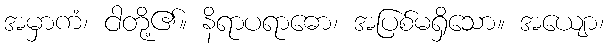
အမှာကံ၊ ငါတို့၏။ နိရာပရာဓော၊ အပြစ်မရှိသော။ အယျော၊